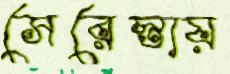
সেরেস্তায়